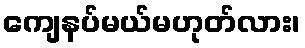
ကျေနပ်မယ်မဟုတ်လား၊